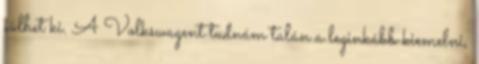
sülhet ki. A Volkswagent tudnám talán a leginkább kiemelni,